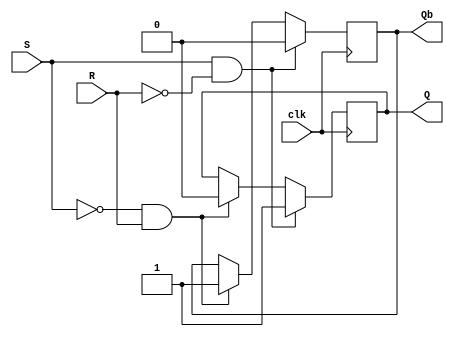
module sr_flip_flop (
    input S, // Set input
    input R, // Reset input
    input clk, // Clock input
    output reg Q, // Output Q
    output reg Qb // Output Q
);

always @(posedge clk) begin
    if (S && !R) begin
        Q <= 1;
        Qb <= 0;
    end else if (!S && R) begin
        Q <= 0;
        Qb <= 1;
    end else if (!S && !R) begin
        // Do nothing, retain previous state
    end
end

endmodule